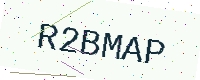
Text: R2BMAP